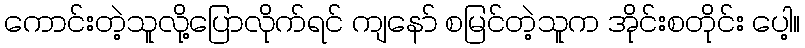
ကောင်းတဲ့သူလို့ပြောလိုက်ရင် ကျနော် စမြင်တဲ့သူက အိုင်းစတိုင်း ပေါ့။